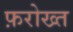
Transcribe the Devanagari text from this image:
फ़रोख्त